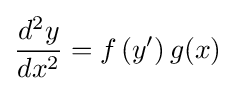
{\frac {d^{2}y}{dx^{2}}}=f\left(y'\right)g(x)